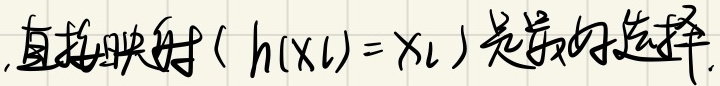
, 直接映射（$h(x_l)=x_l$）是最好选择.